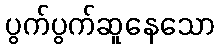
ပွက်ပွက်ဆူနေသော